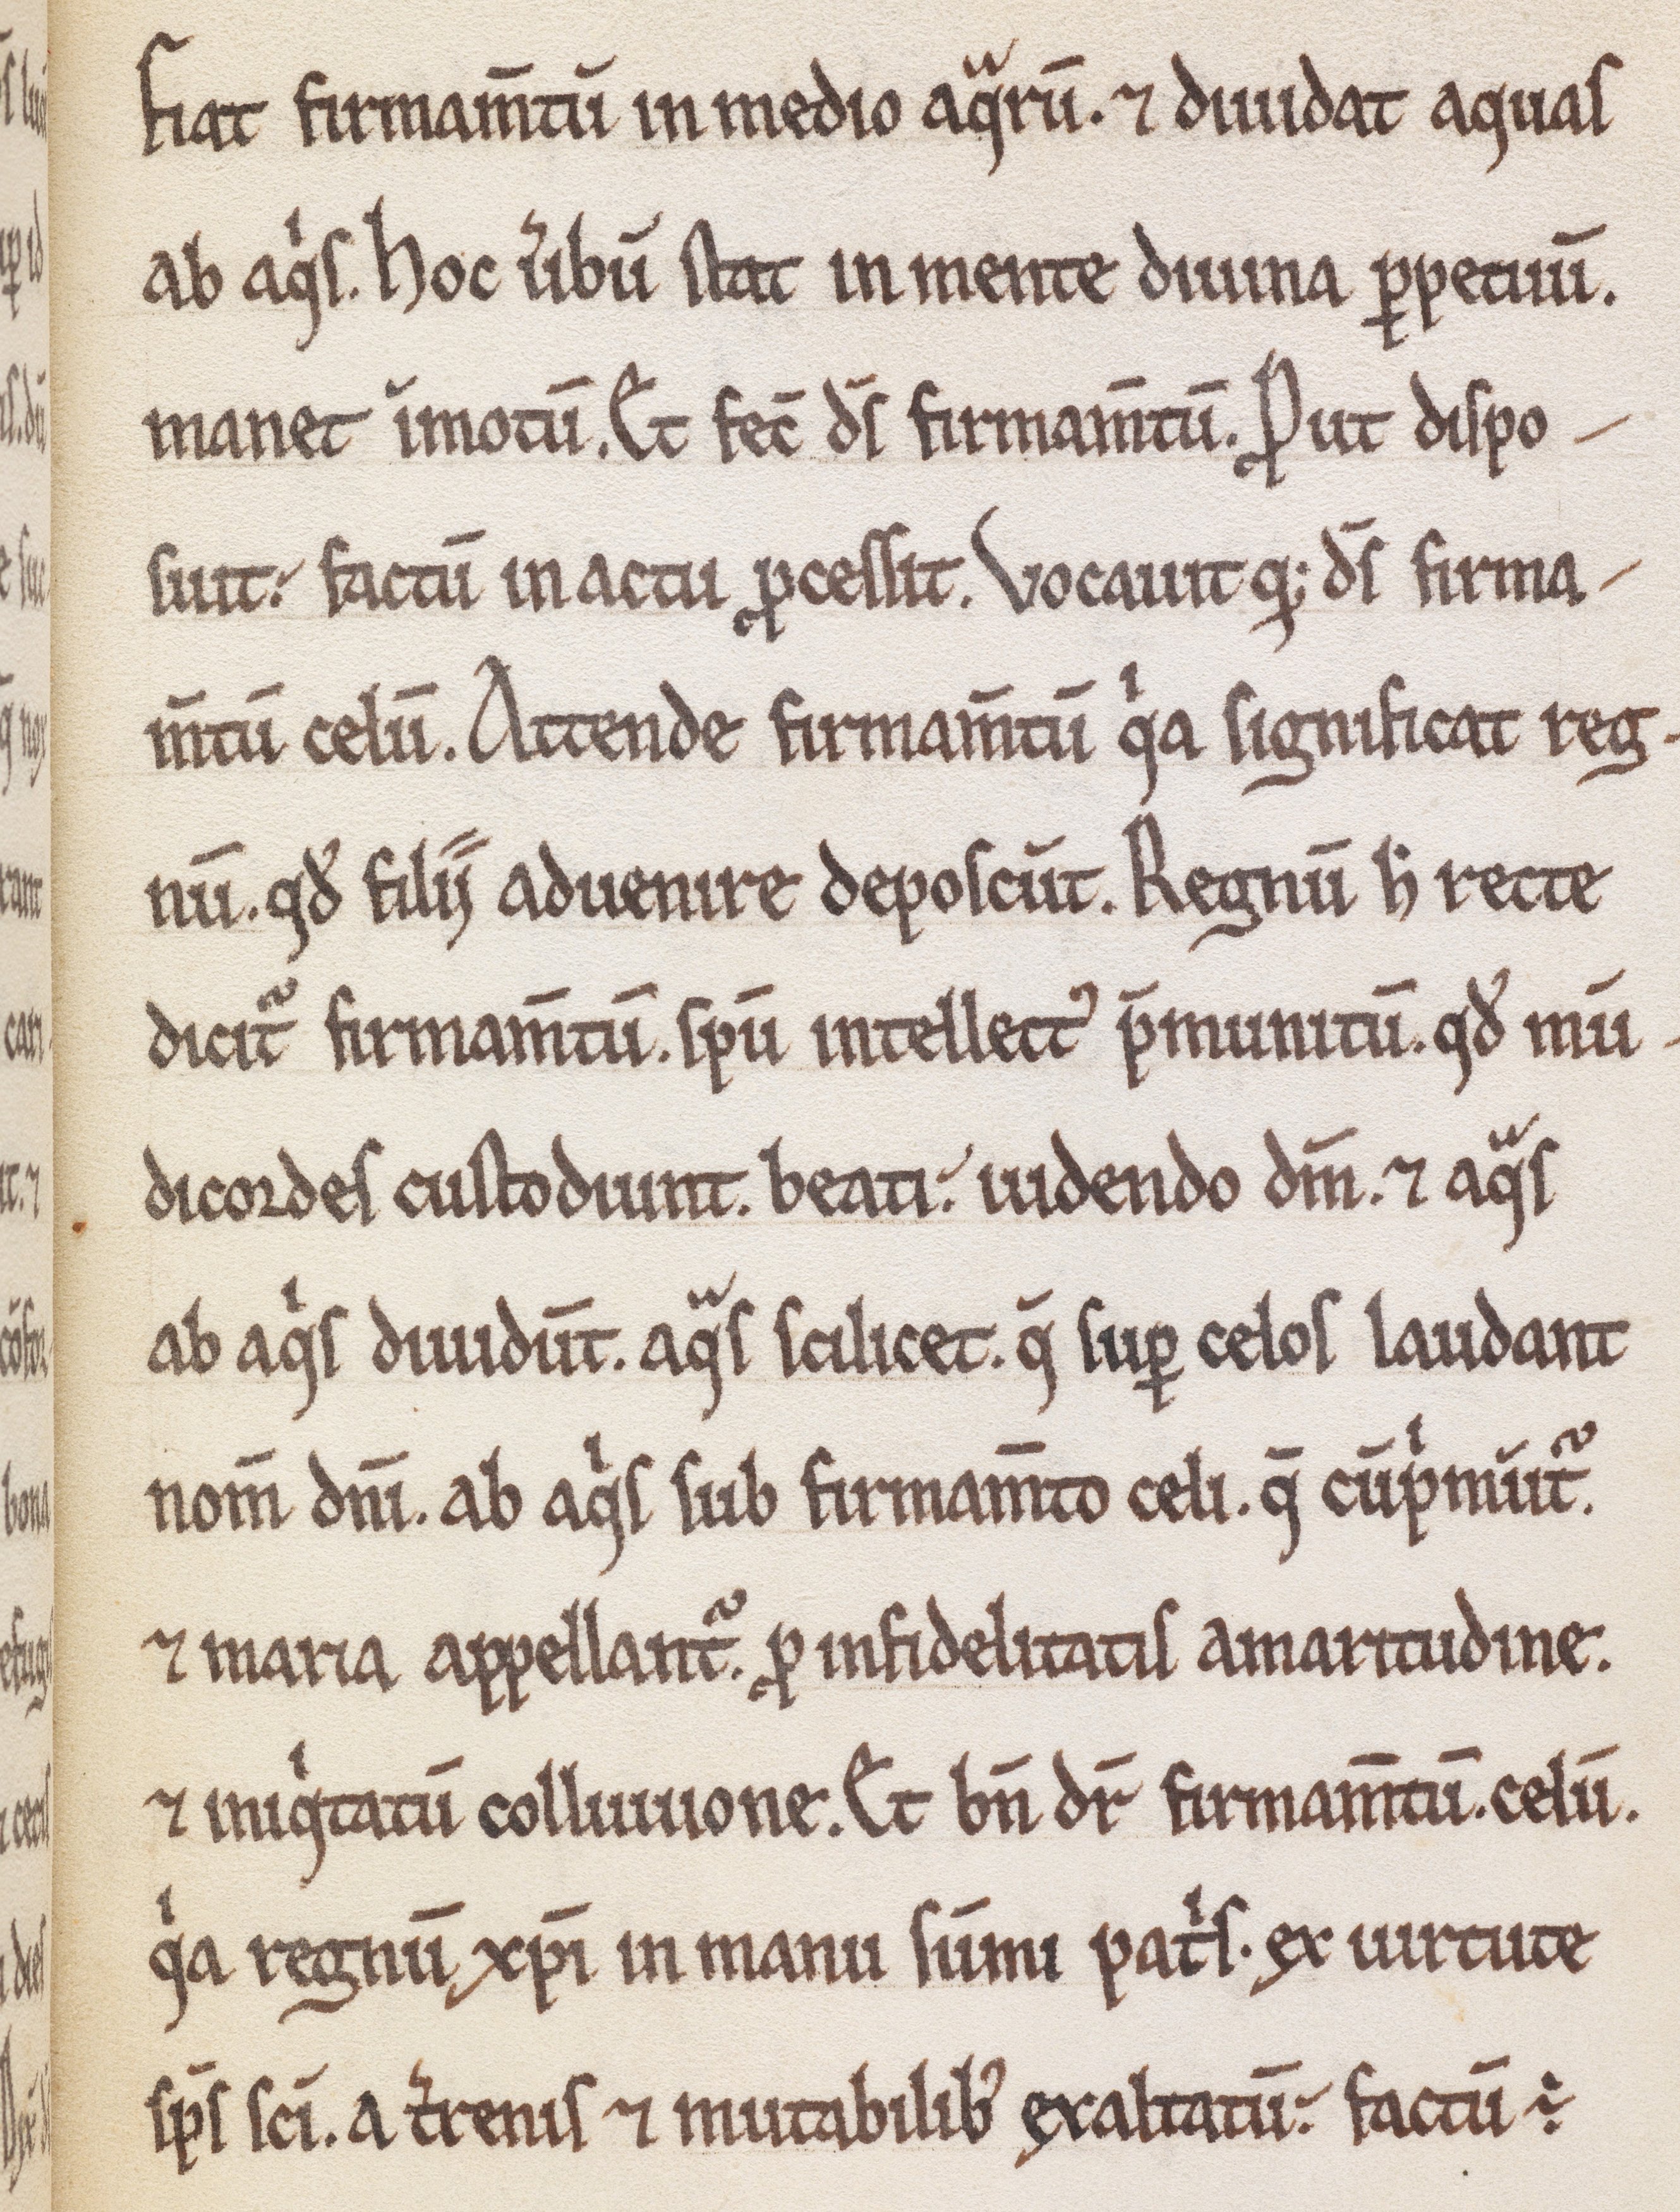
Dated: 1180–1199